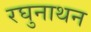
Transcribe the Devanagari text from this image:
रघुनाथन